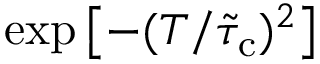
\exp \left[ - ( T / \tilde { \tau } _ { \mathrm { c } } ) ^ { 2 } \right]